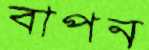
বাপন